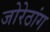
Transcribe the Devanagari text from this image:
जोरेठांग